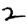
Digit: 2